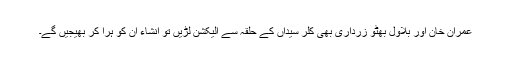
عمران خان اور بلاول بھٹو زرداری بھی کلر سیداں کے حلقہ سے الیکشن لڑیں تو انشاء ان کو ہرا کر بھیجیں گے۔